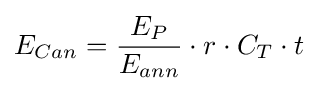
E_{Can}={\frac {E_{P}}{E_{ann}}}\cdot r\cdot C_{T}\cdot t